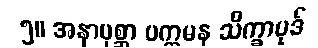
၅။ အနာပုစ္ဆာ ပက္ကမန သိက္ခာပုဒ်